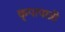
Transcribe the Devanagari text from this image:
कृपापात्री